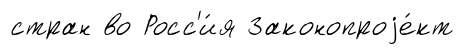
стран во Росс'и́я Законопроjе́кт